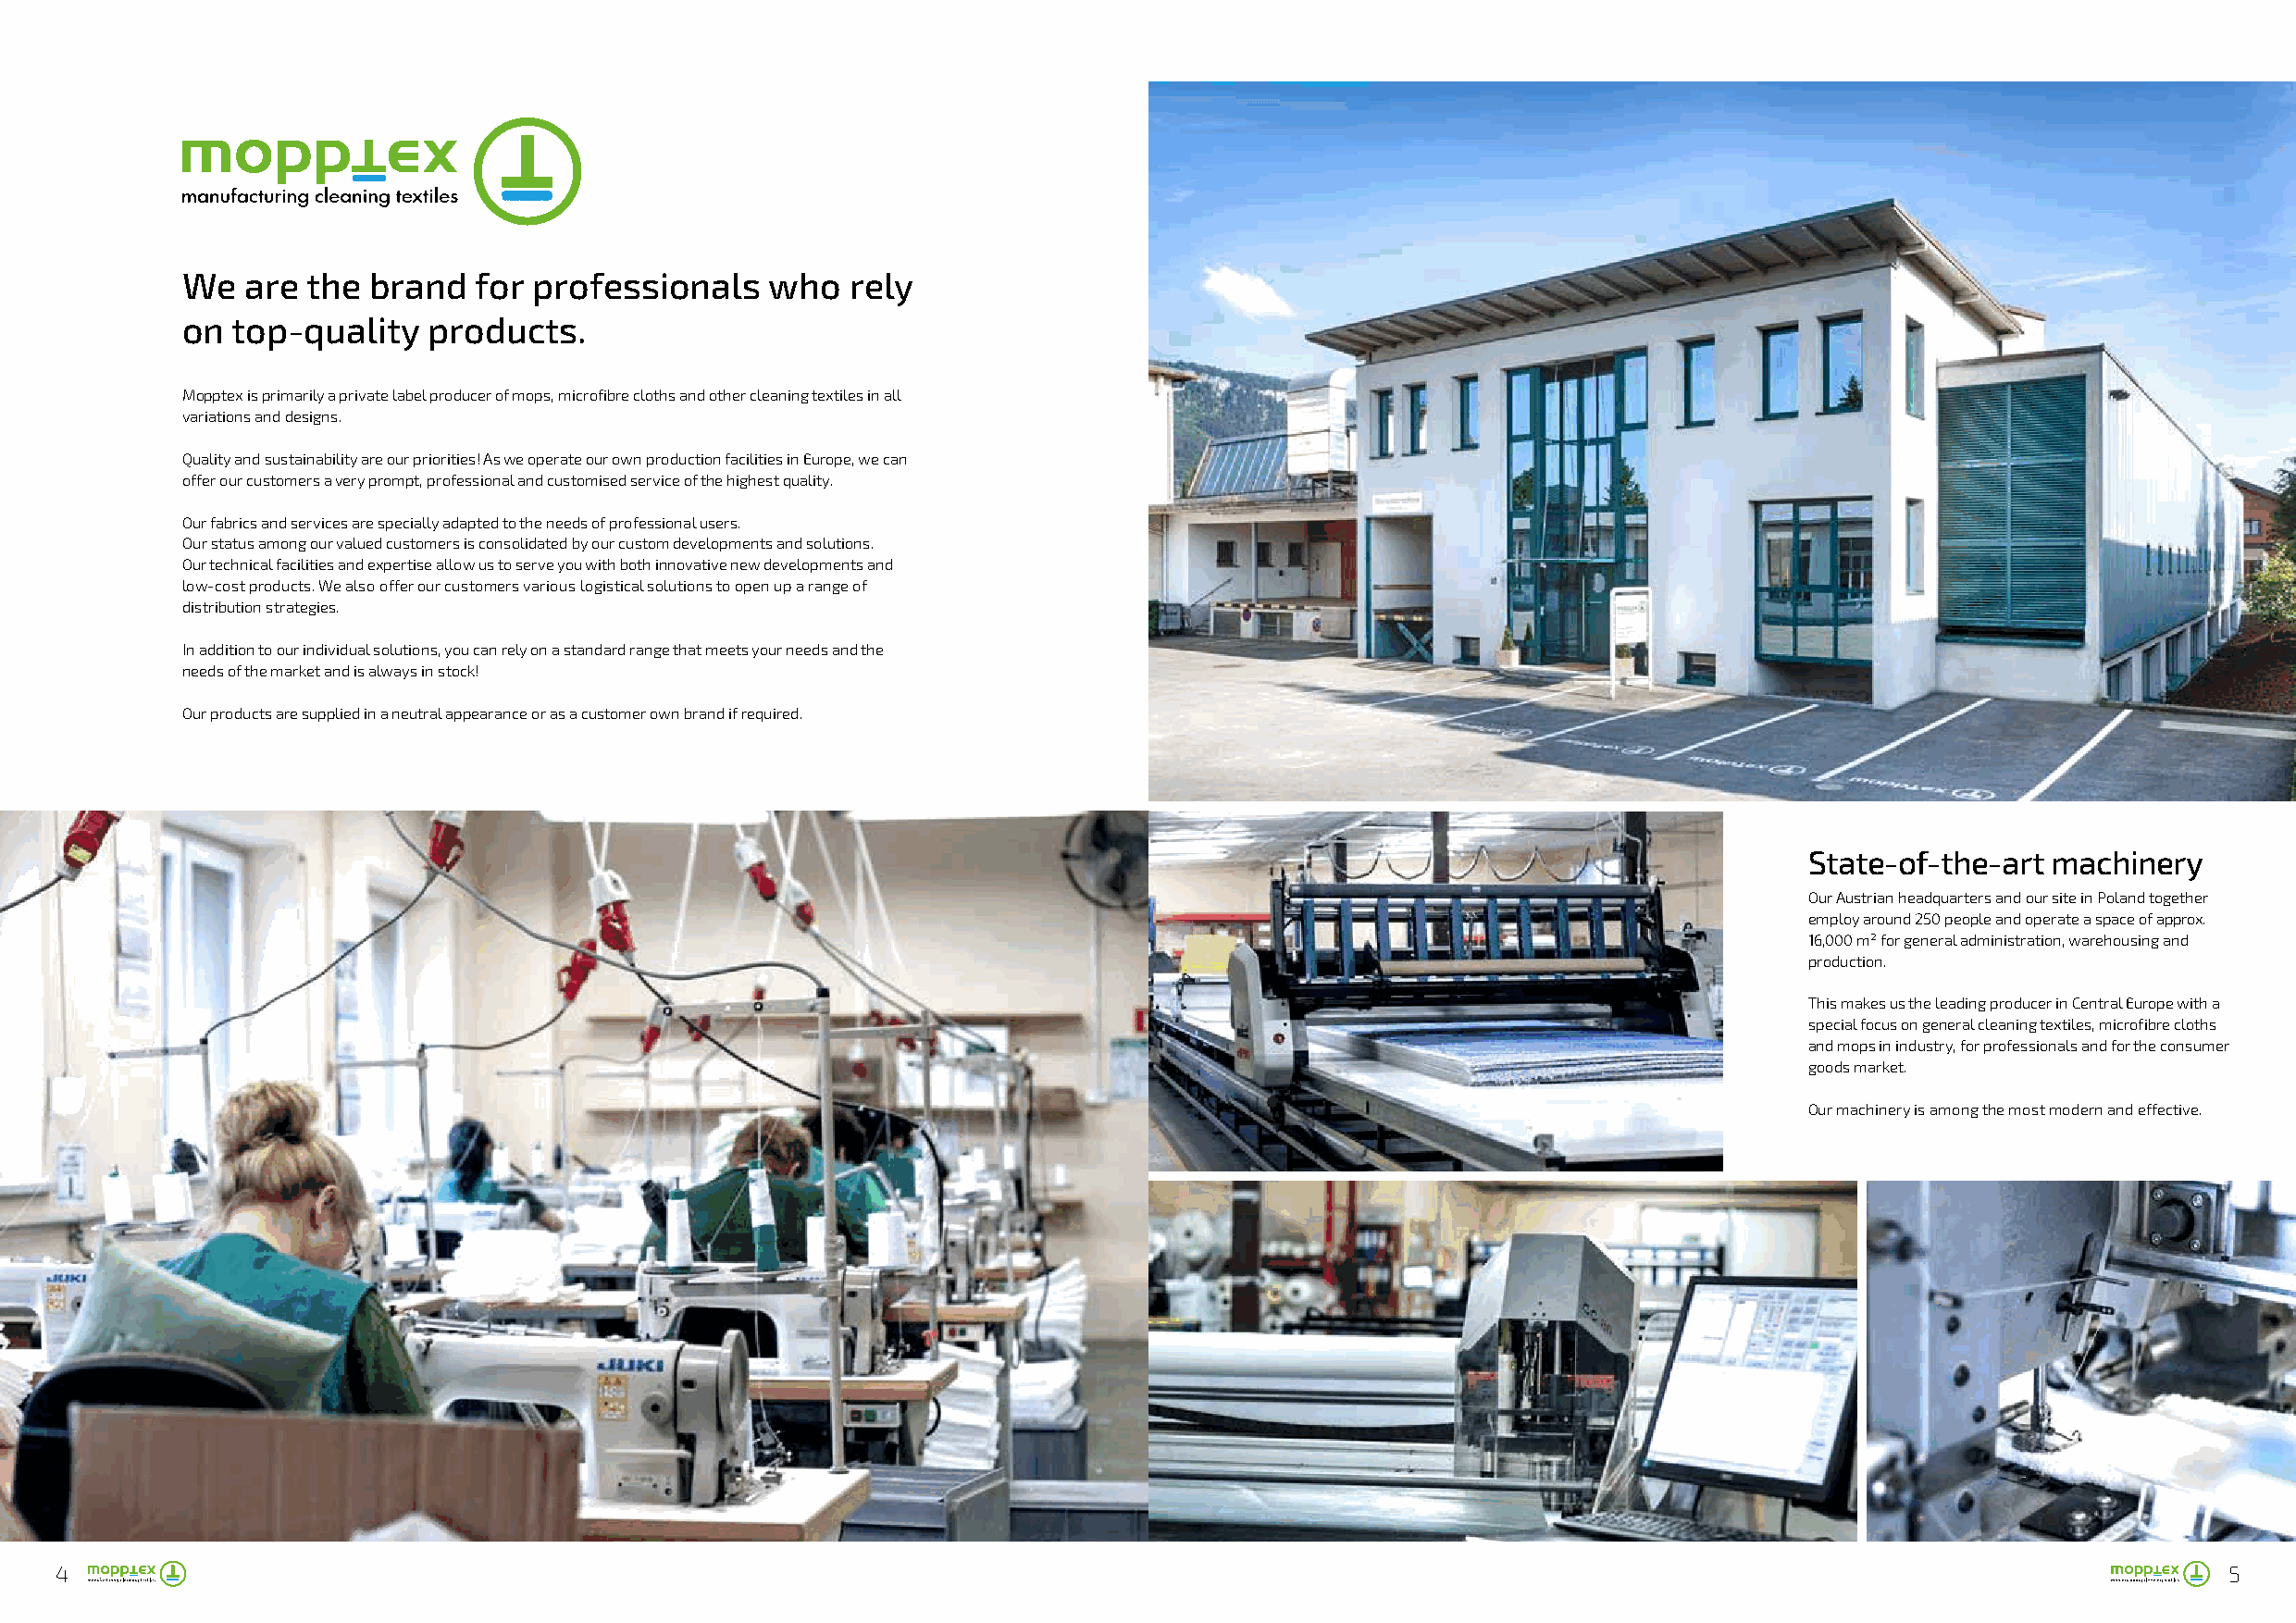
We  are  the brand   for professionals    who   rely
 on  top-quality   products.
 Mopptex is primarily a private label producer of mops, microfibre cloths and other cleaning textiles in all
 variations and designs.
 Quality and sustainability are our priorities! As we operate our own production facilities in Europe, we can
 offer our customers a very prompt, professional and customised service of the highest quality.
 Our fabrics and services are specially adapted to the needs of professional users.
 Our status among our valued customers is consolidated by our custom developments and solutions.
 Our technical facilities and expertise allow us to serve you with both innovative new developments and
 low-cost products. We also offer our customers various logistical solutions to open up a range of
 distribution strategies.
 In addition to our individual solutions, you can rely on a standard range that meets your needs and the
 needs of the market and is always in stock!
 Our products are supplied in a neutral appearance or as a customer own brand if required.
 State-of-the-art  machinery
 Our Austrian headquarters and our site in Poland together
 employ around 250 people and operate a space of approx.
 16,000 m² for general administration, warehousing and
 production.
 This makes us the leading producer in Central Europe with a
 special focus on general cleaning textiles, microfibre cloths
 and mops in industry, for professionals and for the consumer
 goods market.
 Our machinery is among the most modern and effective.
 4                                                                                                                                                          5